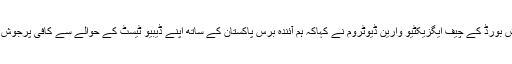
آئرش بورڈ کے چیف ایگزیکٹیو وارین ڈیوٹروم نے کہاکہ ہم آئندہ برس پاکستان کے ساتھ اپنے ڈیبیو ٹیسٹ کے حوالے سے کافی پرجوش ہیں۔